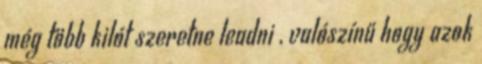
még több kilót szeretne leadni , valószínű hogy azok